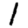
Digit: 1